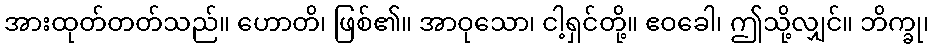
အားထုတ်တတ်သည်။ ဟောတိ၊ ဖြစ်၏။ အာဝုသော၊ ငါ့ရှင်တို့။ ဧဝခေါ၊ ဤသို့လျှင်။ ဘိက္ခု၊